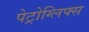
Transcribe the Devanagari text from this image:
पेट्रोग्लिफ्स